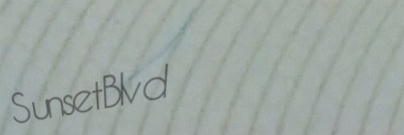
SunsetBlvd